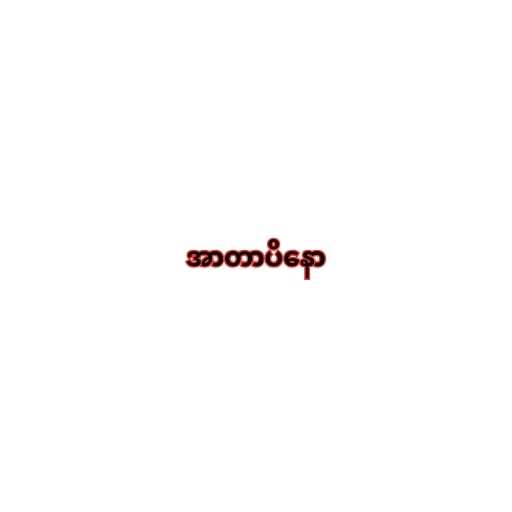
အာတာပိနော